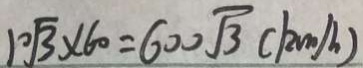
1 0 \sqrt { 3 } \times 6 0 = 6 0 0 \sqrt { 3 } ( k m / h )